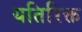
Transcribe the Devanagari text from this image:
यतिरिक्त